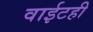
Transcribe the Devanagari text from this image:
वाईटही